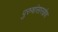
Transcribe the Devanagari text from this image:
पुरुषांसारखेच